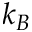
k _ { B }